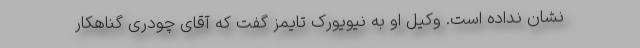
نشان نداده است. وکیل او به نیویورک تایمز گفت که آقای چودری گناهکار